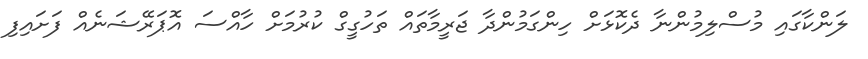
ލަންކާގައި މުސްލިމުންނާ ދެކޮޅަށް ހިންގަމުންދާ ޖަރީމާތައް ތަހުގީގް ކުރުމަށް ހާއްސަ އޮޕަރޭޝަނެއް ފަށައިފި